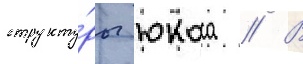
структу́ры юкоса // В